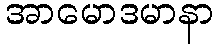
အာမောဒမာနာ